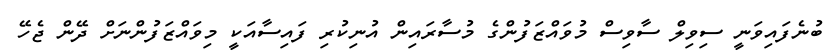
ބުނެފައިވަނީ ސިވިލް ސާވިސް މުވައްޒަފުންގެ މުސާރައިން އުނިކުރި ފައިސާއަކީ މިވައްޒަފުންނަށް ދޭން ޖެހޭ